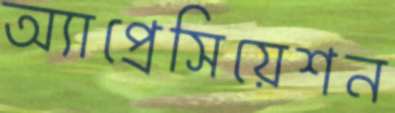
অ্যাপ্রেসিয়েশন